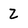
Character: Z